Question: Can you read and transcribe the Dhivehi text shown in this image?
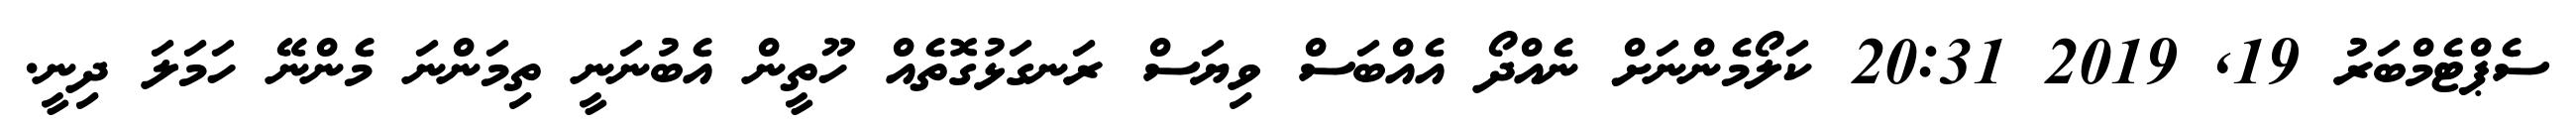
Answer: ސެޕްޓެމްބަރު 19, 2019 20:31 ކަލޯމެންނަށް ނެއްދޯ އެއްބަސް ވިޔަސް ރަނގަޅުގޮތެއް ހޫތީން އެބުނަނީ ތިމަންނަ މެންނޭ ހަމަލަ ދިނީ.